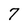
Character: 7